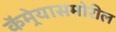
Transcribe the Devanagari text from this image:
कॅमेर्‍यासमोरील